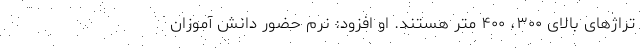
تراژهای بالای ۳۰۰، ۴۰۰ متر هستند. او افزود: نُرم حضور دانش آموزان